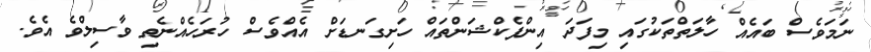
ނަމަވެސް ބައެއް ހާލަތްތަކުގައި މިފަދަ އިންފެކްޝަންތައް ހަށިގަނޑަށް އެއްވެސް ހުރަހެއްނެތި ވާސިލްވެ އެވެ.